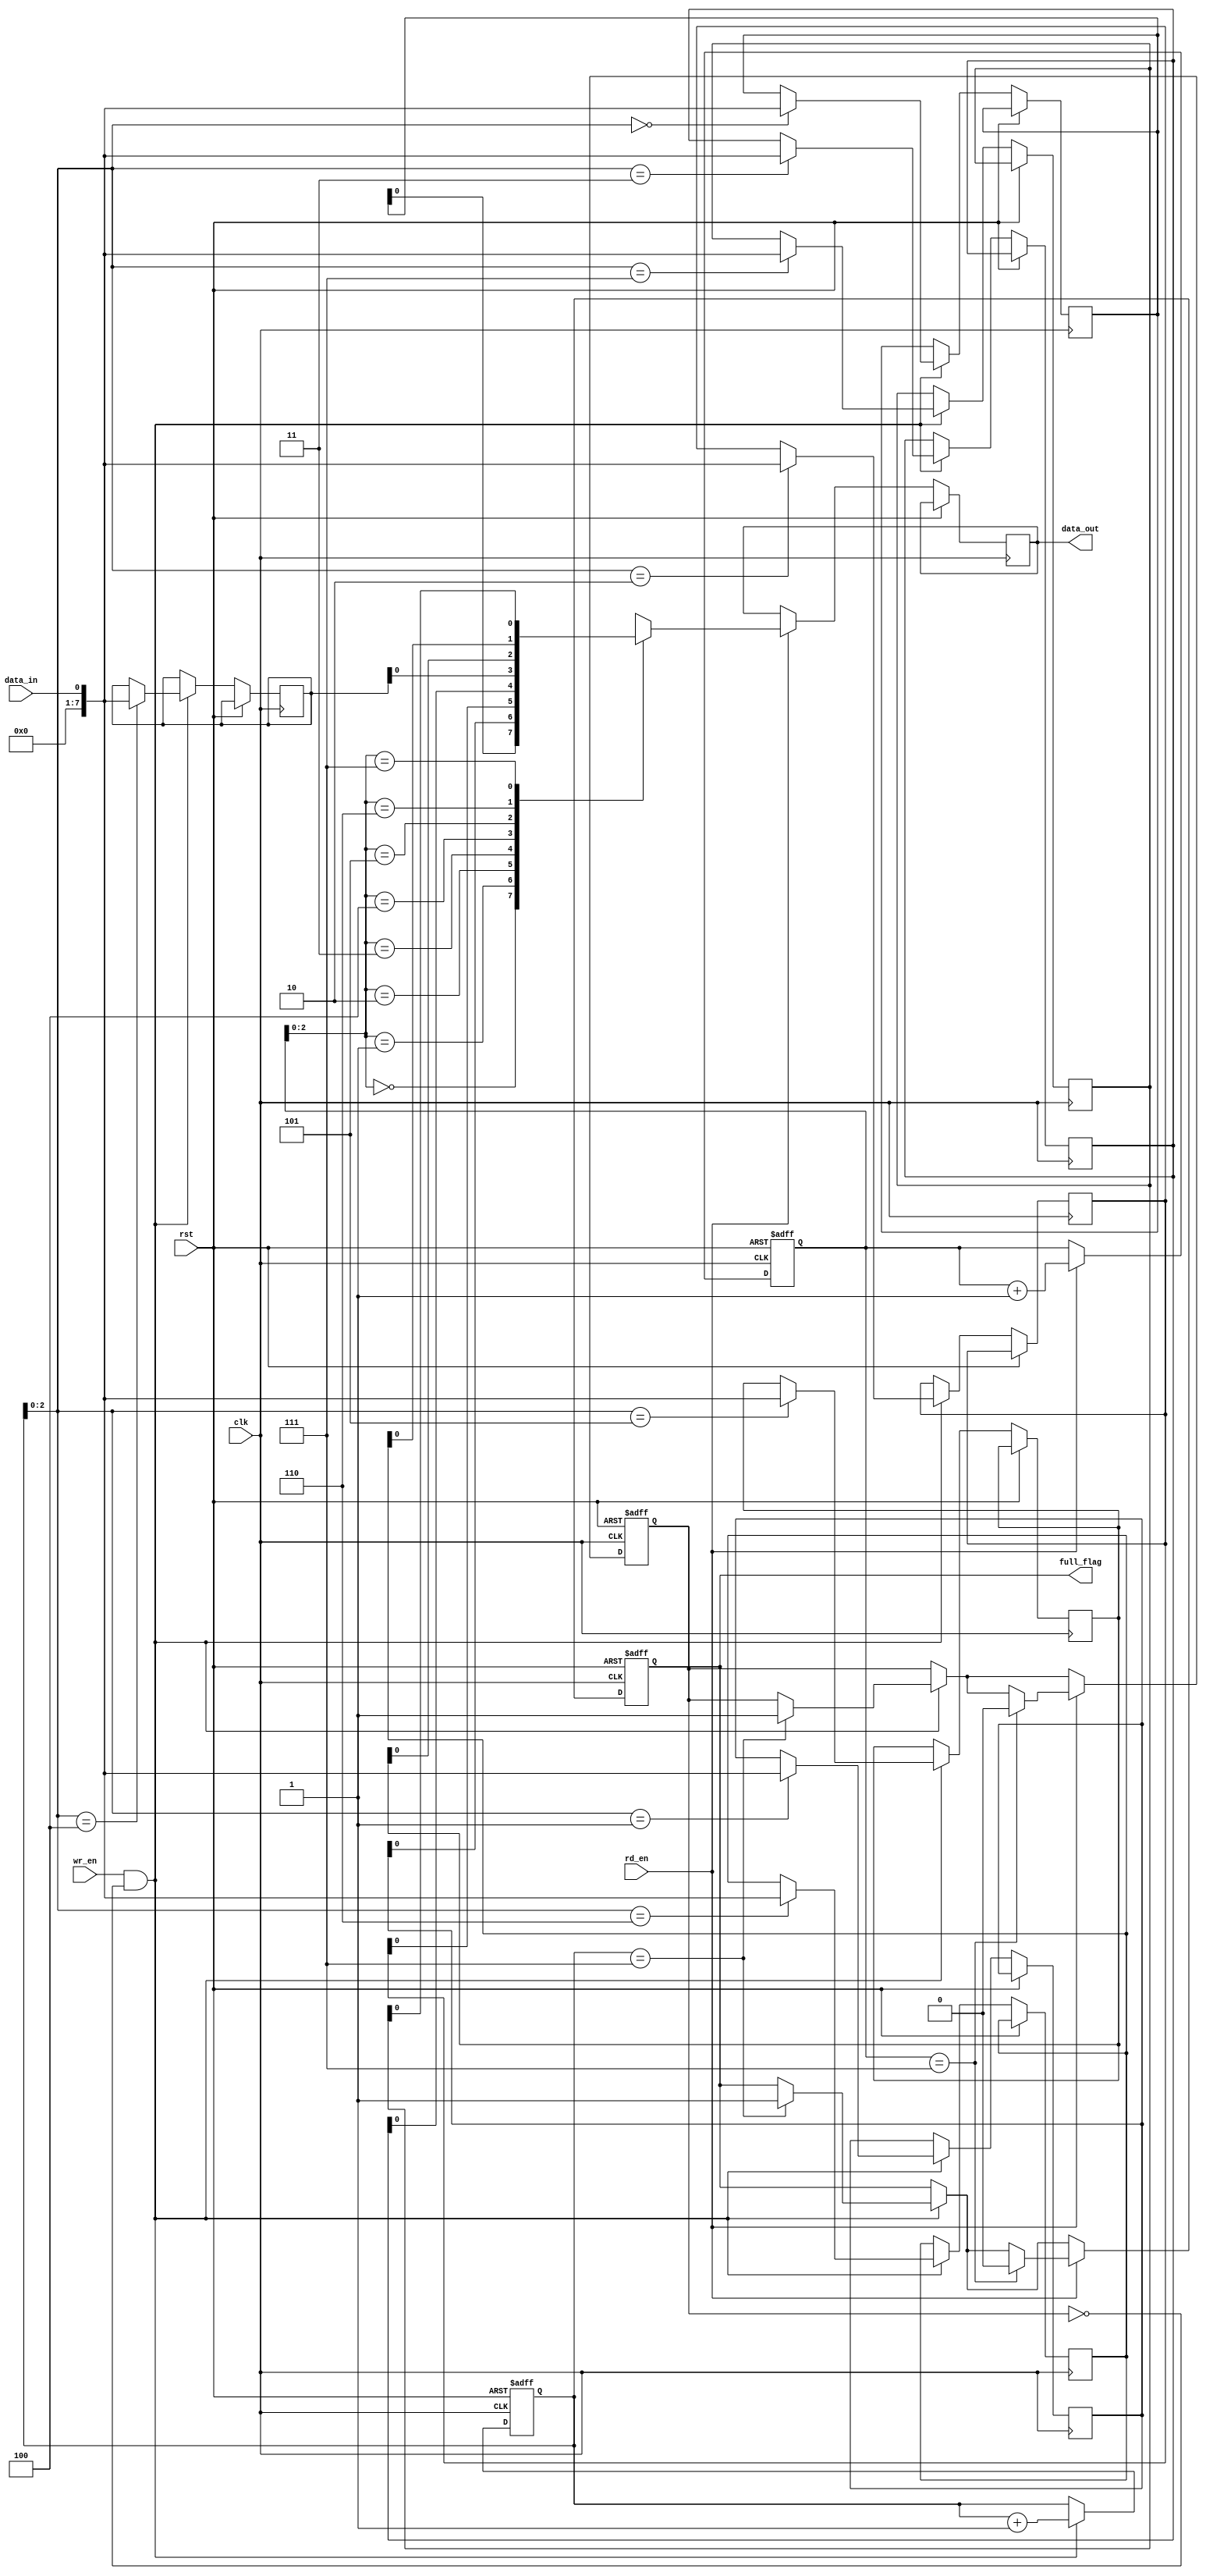
module Almost_Full_FIFO (
  input wire clk,
  input wire rst,
  input wire wr_en,
  input wire rd_en,
  input wire data_in,
  output wire data_out,
  output wire full_flag
);

  parameter BUFFER_DEPTH = 8;
  reg [BUFFER_DEPTH-1:0] buffer [0:BUFFER_DEPTH-1];
  reg [BUFFER_DEPTH-1:0] write_ptr;
  reg [BUFFER_DEPTH-1:0] read_ptr;
  reg almost_full;

  always @(posedge clk or posedge rst) begin
    if (rst) begin
      write_ptr <= 0;
      read_ptr <= 0;
      almost_full <= 0;
      full_flag <= 0;
    end else begin
      if (wr_en && !almost_full) begin
        buffer[write_ptr] <= data_in;
        write_ptr <= write_ptr + 1;
        if (write_ptr == BUFFER_DEPTH - 1) begin
          almost_full <= 1;
          full_flag <= 1;
        end
      end

      if (rd_en) begin
        data_out <= buffer[read_ptr];
        read_ptr <= read_ptr + 1;
        if (read_ptr == BUFFER_DEPTH - 1) begin
          almost_full <= 0;
          full_flag <= 0;
        end
      end
    end
  end

endmodule